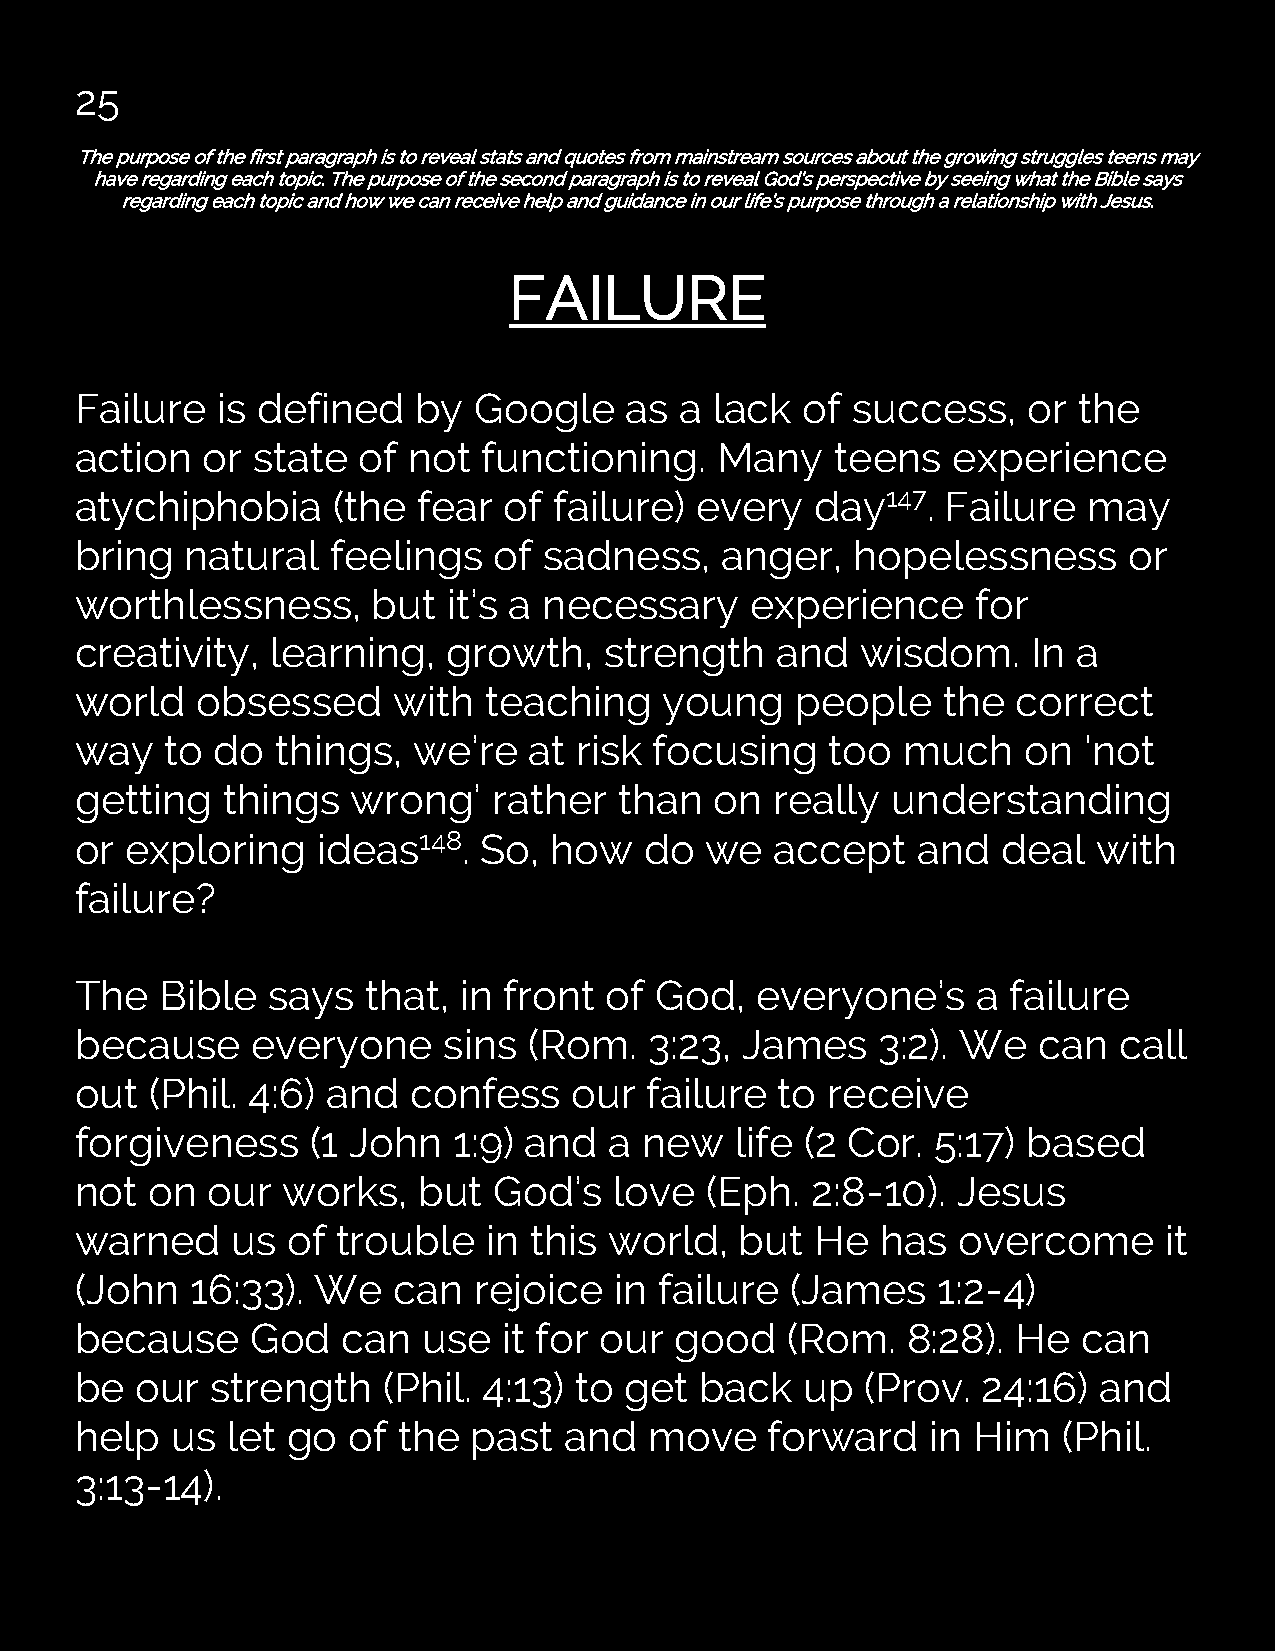
25
 The purpose of the first paragraph is to reveal stats and quotes from mainstream sources about the growing struggles teens may
 have regarding each topic. The purpose of the second paragraph is to reveal God’s perspective by seeing what the Bible says
 regarding each topic and how we can receive help and guidance in our life’s purpose through a relationship with Jesus.
 FAILURE
 Failure  is defined    by Google    as  a lack  of success,    or the
 action  or  state  of not  functioning.    Many   teens   experience
 atychiphobia     (the  fear of  failure) every   day147.  Failure  may
 bring  natural   feelings   of sadness,    anger,  hopelessness       or
 worthlessness,      but  it’s a necessary    experience     for
 creativity,  learning,   growth,   strength   and   wisdom.    In a
 world   obsessed     with  teaching    young    people   the  correct
 way   to do  things,  we’re   at risk focusing    too  much    on  ‘not
 getting   things  wrong’    rather  than  on  really  understanding
 or exploring    ideas148.  So, how    do  we  accept    and  deal   with
 failure?
 The   Bible  says  that, in front  of God,   everyone’s     a failure
 because     everyone    sins  (Rom.   3:23, James    3:2). We   can  call
 out  (Phil. 4:6) and  confess    our  failure  to receive
 forgiveness    (1 John   1:9) and  a  new   life (2 Cor. 5:17) based
 not  on  our  works,   but  God’s   love  (Eph.  2:8-10). Jesus
 warned    us  of trouble   in this world,   but  He  has  overcome      it
 (John   16:33). We   can  rejoice   in failure (James    1:2-4)
 because     God   can  use  it for our  good   (Rom.   8:28). He   can
 be  our  strength   (Phil. 4:13) to get  back   up  (Prov.  24:16)  and
 help  us  let go  of the  past  and   move    forward    in Him  (Phil.
 3:13-14).